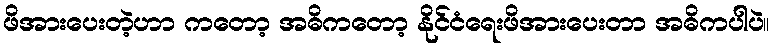
ဖိအားပေးတဲ့ဟာ ကတော့ အဓိကတော့ နိုင်ငံရေးဖိအားပေးတာ အဓိကပါပဲ။